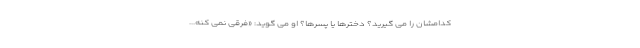
کدامشان را می گیرید؟ دخترها یا پسرها؟ او می گوید: «فرقی نمی کنه...